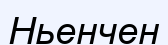
Ньенчен